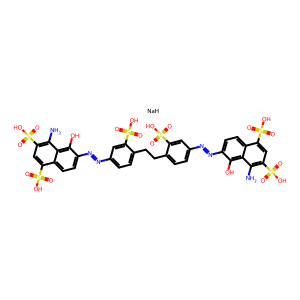
SMILES: Nc1c(S(=O)(=O)O)cc(S(=O)(=O)O)c2ccc(N=Nc3ccc(CCc4ccc(N=Nc5ccc6c(S(=O)(=O)O)cc(S(=O)(=O)O)c(N)c6c5O)cc4S(=O)(=O)O)c(S(=O)(=O)O)c3)c(O)c12.[NaH]
Inhibits HIV replication: Yes